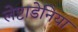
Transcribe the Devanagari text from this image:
लेप्टाडेनिया